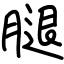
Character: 腿